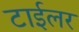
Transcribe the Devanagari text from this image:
टाईलर